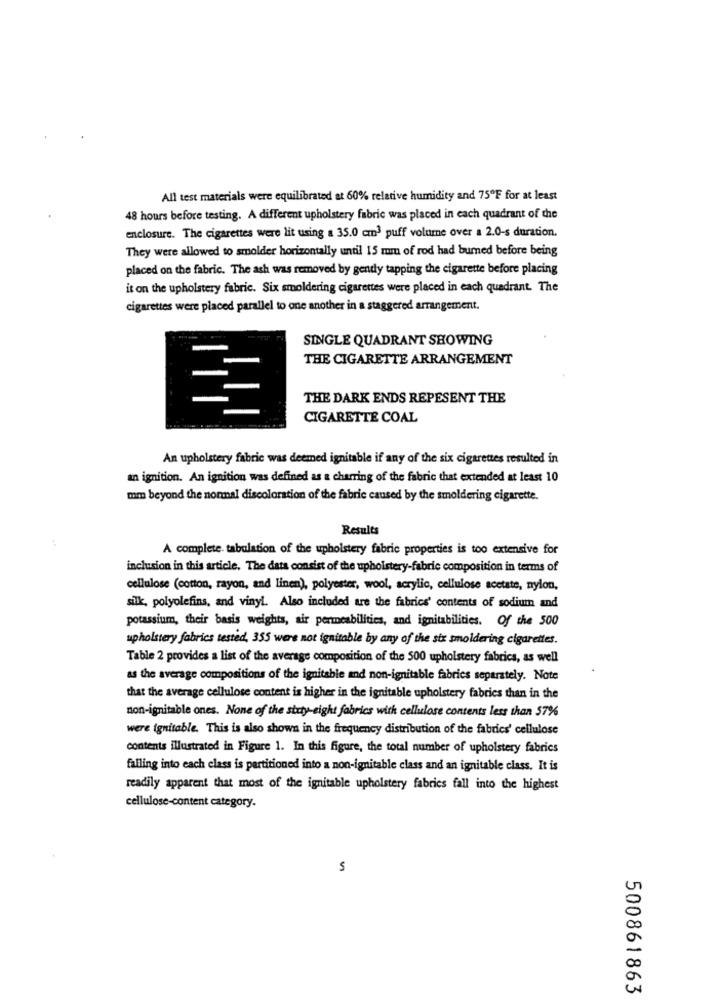
All test materials were equilibrated at 60% relative humidity and 75ºF for at least
48 hours before testing. A different upholstery fabric was placed in each quadrant of the
enclosure. The cigarettes were lit using a 35.0 cm3 puff volume over a 2.0-s duration.
They were allowed to smolder horizontally until 15 mm of rod had burned before being
placed on the fabric. The ash was removed by gently tapping the cigarette before placing
it on the upholstery fabric. Six smoldering cigarettes were placed in each quadrant. The
cigarettes were placed parallel to one another in a staggered arrangement.
SINGLE QUADRANT SHOWING
THE CIGARETTE ARRANGEMENT
THE DARK ENDS REPESENT THE
CIGARETTE COAL
An upholstery fabric was deemed ignitable if any of the six cigarettes resulted in
an ignition. An ignition was defined as a charring of the fabric that extended at least 10
mm beyond the normal discoloration of the fabric caused by the smoldering cigarette.
Results
A complete. tabulation of the upholstery fabric properties is too extensive for
inclusion in this article. The data consist of the upholstery-fabric composition in terms of
cellulose (cotton, rayon, and linen), polyester, wool, acrylic, cellulose acetate, nylon,
silk, polyolefins, and vinyl. Also included are the fabrics' contents of sodium and
potassium, their basis weights, air permeabilities, and ignitabilities. Of the 500
upholstery fabrics tested, 355 were not ignitable by any of the six smoldering cigarettes.
Table 2 provides a list of the average composition of the 500 upholstery fabrica, as well
as the average compositions of the ignitable and non-ignitable fabrics separately. Note
that the average cellulose content is higher in the ignitable upholstery fabrics than in the
non-ignitable ones. None of the strty-eight fabrics with cellulose contents less than 57%
were ignitable. This is also shown in the frequency distribution of the fabrics' cellulose
contents illustrated in Figure 1. In this figure, the total number of upholstery fabrics
falling into each class is partitioned into a non-ignitable class and an ignitable class. It is
readily apparent that most of the ignitable upholstery fabrics fall into the highest
cellulose-content category.
5
500861863